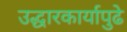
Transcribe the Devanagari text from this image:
उद्धारकार्यापुढे